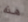
هذه